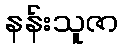
နန်းသူဇာ